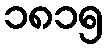
၁၈၁၅